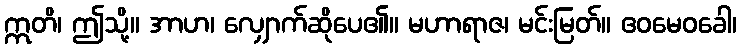
ဣတိ၊ ဤသို့။ အာဟ၊ လျှောက်ဆိုပေ၏။ မဟာရာဇ၊ မင်းမြတ်။ ဧဝမေဝခေါ၊